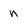
Character: n